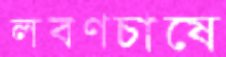
লবণচাষে